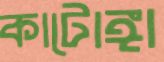
কাটোঙ্গা